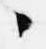
々